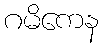
ဂမိကေန